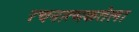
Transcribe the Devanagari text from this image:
रचनात्मकतेला